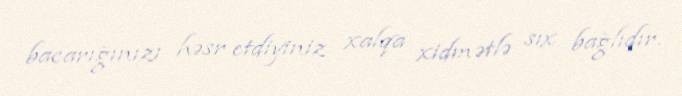
bacarığınızı həsr etdiyiniz xalqa xidmətlə sıx bağlıdır.